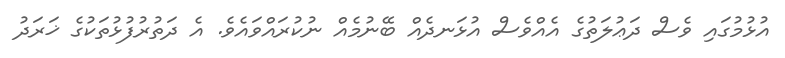
އުޅުމުގައި ވެސް ދަޢުލަތުގެ އެއްވެސް އުޅަނދެއް ބޭނުމެއް ނުކުރައްވައެވެ. އެ ދަތުރުފުޅުތަކުގެ ޚަރަދު